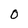
Character: O